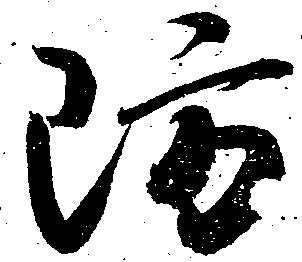
防